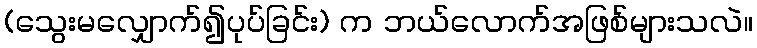
(သွေးမလျှောက်၍ပုပ်ခြင်း) က ဘယ်လောက်အဖြစ်များသလဲ။